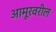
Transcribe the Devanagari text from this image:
आमूरवरील